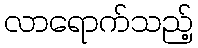
လာရောက်သည့်